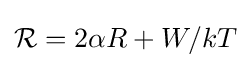
\textstyle {\mathcal {R}}=2\alpha R+W/kT